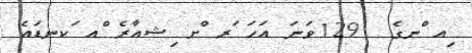
ިއ ްނގެ  129ވަނަ އަހަ ަރ ްށ ިޝއާރެ ްއ ަކނޑައެ